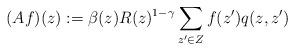
LaTeX: \begin{align*} (Af)(z) := \beta(z) R(z)^{1-\gamma} \sum_{z' \in Z} f(z') q(z, z')\end{align*}